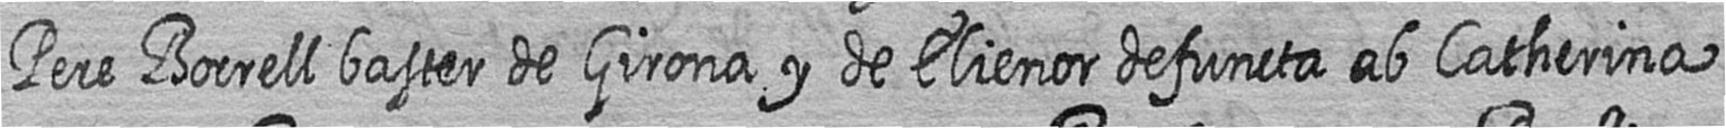
Pere Borrell baster de Girona y de Elienor defuncta ab Catherina